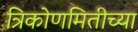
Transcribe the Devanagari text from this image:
त्रिकोणमितीच्या